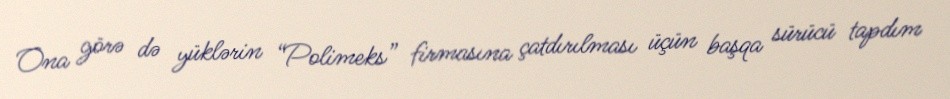
Ona görə də yüklərin “Polimeks” firmasına çatdırılması üçün başqa sürücü tapdım